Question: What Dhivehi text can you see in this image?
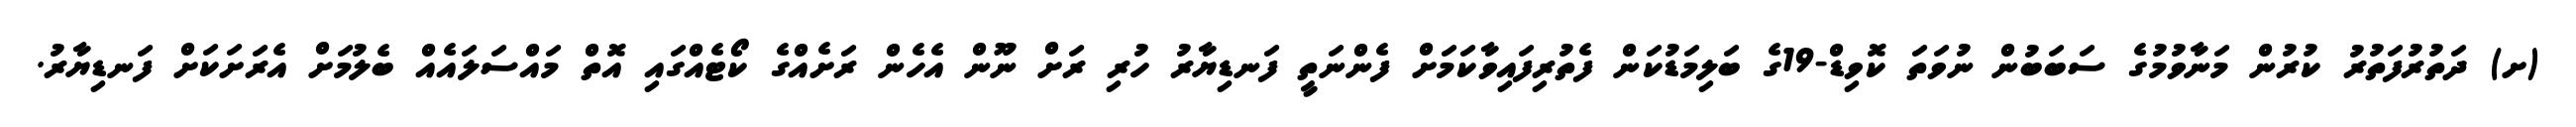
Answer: (ށ) ދަތުރުފަތުރު ކުރުން މަނާވުމުގެ ސަބަބުން ނުވަތަ ކޮވިޑް-19ގެ ބަލިމަޑުކަން ފެތުރިފައިވާކަމަށް ފެންނަތީ ފަނޑިޔާރު ހުރި ރަށް ނޫން އެހެން ރަށެއްގެ ކޯޓެއްގައި އޮތް މައްސަލައެއް ބެލުމަށް އެރަށަކަށް ފަނޑިޔާރު.